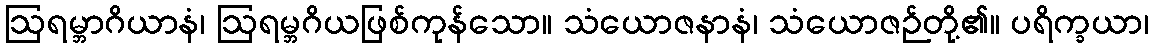
ဩရမ္ဘာဂိယာနံ၊ ဩရမ္ဘဂိယဖြစ်ကုန်သော။ သံယောဇနာနံ၊ သံယောဇဉ်တို့၏။ ပရိက္ခယာ၊